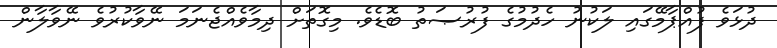
ދުޅަވެ ފުއްޕާމޭގައި ލަކުނު ހެދުމުގެ ފުރުޞަތު ބޮޑެވެ. މިގޮތަށް ދިމާވެއްޖެނަމަ ނޭވާކުރުވެ ނޭވާލާން